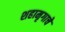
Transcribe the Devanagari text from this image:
शहामृगाचे